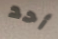
أحد